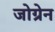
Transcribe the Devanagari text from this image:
जोग्रेन